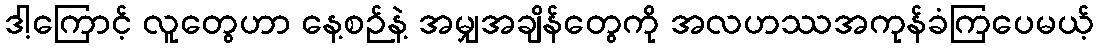
ဒါ့ကြောင့် လူတွေဟာ နေ့စဉ်နဲ့ အမျှအချိန်တွေကို အလဟဿအကုန်ခံကြပေမယ့်